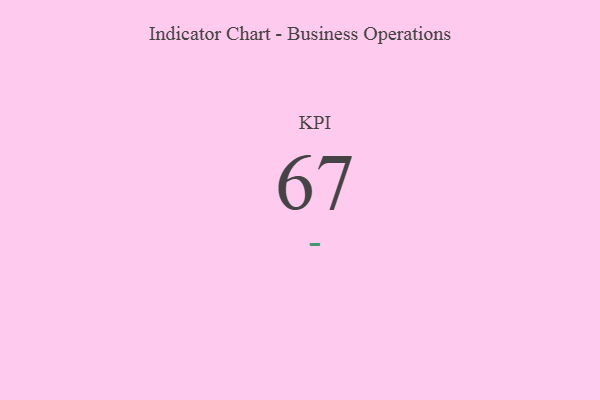
{"axis": {"x": "KPI", "y": "Value"}, "legend": [""], "data": [{"x": "KPI", "y": 67, "type": ""}]}